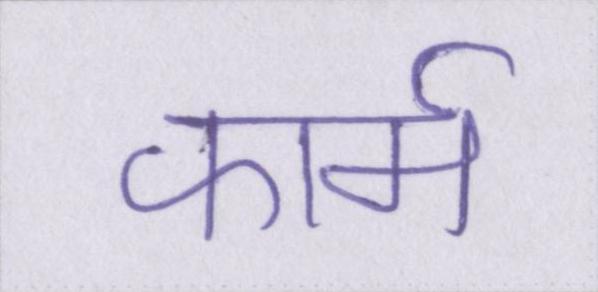
फार्म